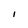
Character: i